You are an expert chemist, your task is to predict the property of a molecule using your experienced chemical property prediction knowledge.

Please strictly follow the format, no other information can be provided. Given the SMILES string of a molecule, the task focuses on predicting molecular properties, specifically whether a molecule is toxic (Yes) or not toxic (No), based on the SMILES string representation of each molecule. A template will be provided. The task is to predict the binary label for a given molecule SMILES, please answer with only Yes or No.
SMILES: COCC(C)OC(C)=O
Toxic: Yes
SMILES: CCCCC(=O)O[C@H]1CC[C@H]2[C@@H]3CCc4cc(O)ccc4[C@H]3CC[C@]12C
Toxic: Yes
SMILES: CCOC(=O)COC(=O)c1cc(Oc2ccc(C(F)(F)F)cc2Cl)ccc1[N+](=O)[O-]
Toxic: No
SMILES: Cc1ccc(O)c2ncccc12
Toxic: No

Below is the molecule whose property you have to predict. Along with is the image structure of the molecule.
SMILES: CCC[C@@H]1C[C@@H](C(=O)N[C@H]([C@H](C)Cl)[C@H]2O[C@H](SC)[C@H](OP(=O)(O)O)[C@@H](O)[C@H]2O)N(C)C1
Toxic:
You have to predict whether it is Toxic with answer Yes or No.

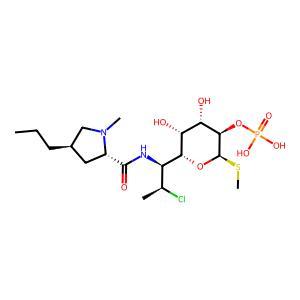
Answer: No